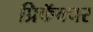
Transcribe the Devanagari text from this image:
प्रिफॅक्चर